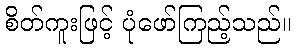
စိတ်ကူးဖြင့် ပုံဖော်ကြည့်သည်။